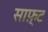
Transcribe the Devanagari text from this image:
साफ़्ट